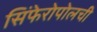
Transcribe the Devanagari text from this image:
सिंफेरोपोलची